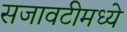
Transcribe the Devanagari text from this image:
सजावटीमध्ये